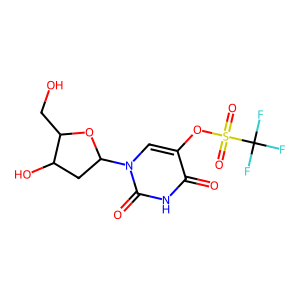
SMILES: O=c1[nH]c(=O)n(C2CC(O)C(CO)O2)cc1OS(=O)(=O)C(F)(F)F
Inhibits HIV replication: No